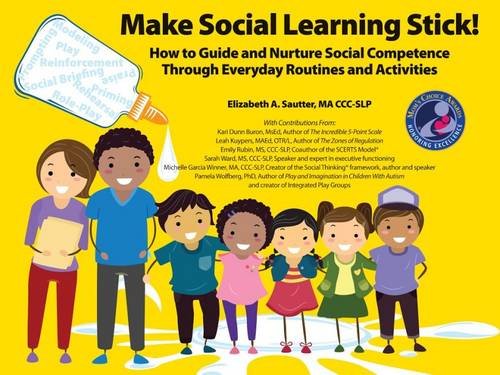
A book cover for Make Social Learning Stick! How to Guide and Nurture Social Competence Through Everyday Routines and Activities; Elizabeth A. Sautter; Parenting & Relationships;